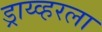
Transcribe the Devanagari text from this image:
ड्राय्व्हरला